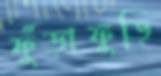
ফুঁড়াফুড়ি